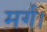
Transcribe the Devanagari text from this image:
मर्ग।